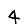
Digit: 4